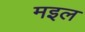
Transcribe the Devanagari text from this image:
मइल